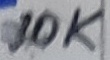
Text: 10K